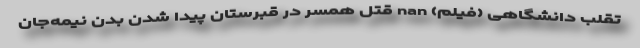
تقلب دانشگاهی (فیلم) nan قتل همسر در قبرستان پیدا شدن بدن نیمه‌جان